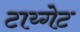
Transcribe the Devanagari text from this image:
टाय्गेट